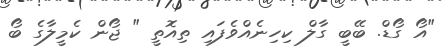
"އޯ ގޯޑް. ބޭބީ ގާލް ކިހިނެއްވެފައި ތިއޮތީ " ޖޯން ކެމީލާގެ ބޯ